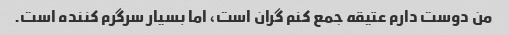
من دوست دارم عتیقه جمع کنم گران است، اما بسیار سرگرم کننده است.